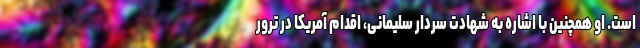
است. او همچنین با اشاره به شهادت سردار سلیمانی، اقدام آمریکا در ترور